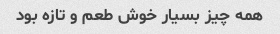
همه چیز بسیار خوش طعم و تازه بود